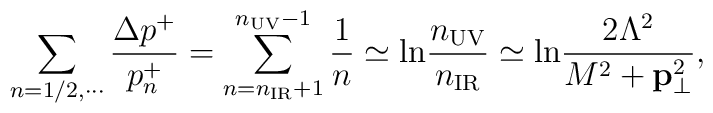
\sum_{n=1/2,\cdots}{ \Delta p^+ \over p_n^+}   = \sum_{n=n_{\rm IR}+1}^{n_{\rm UV}-1} \frac{1}{n}   \simeq {\rm ln} \frac{n_{\rm UV}}{n_{\rm IR}}  \simeq {\rm ln} \frac{2\Lambda^2}{M^2 +{\bf p}_\bot^2} ,